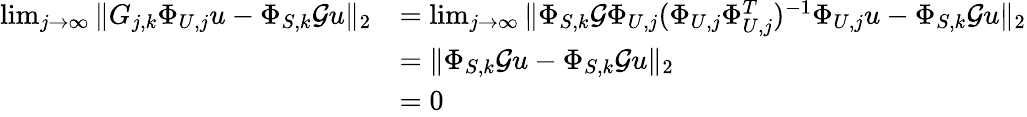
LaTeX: \begin{array}{rl}{\operatorname*{lim}_{j\to\infty}\| G_{j,k}\Phi_{U,j}u-\Phi_{S,k}\mathcal Gu\| _{2}}&{=\operatorname*{lim}_{j\to\infty}\| \Phi_{S,k}\mathcal G\Phi_{U,j}(\Phi_{U,j}\Phi_{U,j}^{T})^{-1}\Phi_{U,j}u-\Phi_{S,k}\mathcal Gu\| _{2}}\\ &{=\| \Phi_{S,k}\mathcal Gu-\Phi_{S,k}\mathcal Gu\| _{2}}\\ &{=0}\end{array}